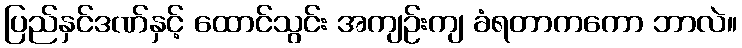
ပြည်နှင်ဒဏ်နှင့် ထောင်သွင်း အကျဉ်းကျ ခံရတာကကော ဘာလဲ။